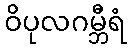
ဝိပုလဂမ္ဘီရံ